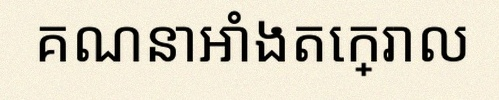
គណនាអាំងតេក្រាល